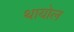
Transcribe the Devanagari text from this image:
थायोल